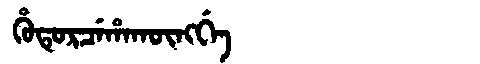
Manchu: ᡥᡠᡨᡠᡵᠴᡝᡥᠠᡴᡡᠩᡤᡝ
Romanization: HUTURCEHAKŪNGGE